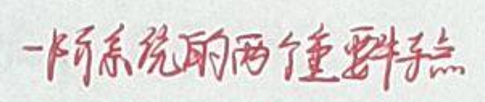
一个系统的两个重要特点